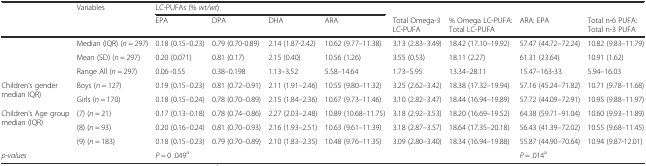
<table><thead><tr><td></td><td><b>Variables</b></td><td colspan="4"><b>LC-PUFAs (% <i>wt/wt</i>)</b></td><td></td><td></td><td></td><td></td></tr><tr><td></td><td></td><td><b>EPA</b></td><td><b>DPA</b></td><td><b>DHA</b></td><td><b>ARA</b></td><td><b>Total Omega-3 LC-PUFA</b></td><td><b>% Omega LC-PUFA: Total LC-PUFA</b></td><td><b>ARA: EPA</b></td><td><b>Total n-6 PUFA: Total n-3 PUFA</b></td></tr></thead><tbody><tr><td></td><td>Median (IQR) (<i>n</i> = 297)</td><td>0.18 (0.15–0.23)</td><td>0.79 (0.70-0.89)</td><td>2.14 (1.87-2.42)</td><td>10.62 (9.77–11.38)</td><td>3.13 (2.83–3.49)</td><td>18.42 (17.10–19.92)</td><td>57.47 (44.72–72.24)</td><td>10.82 (9.83–11.79)</td></tr><tr><td></td><td>Mean (SD) (<i>n</i> = 297)</td><td>0.20 (0.071)</td><td>0.81 (0.17)</td><td>2.15 (0.40)</td><td>10.56 (1.26)</td><td>3.55 (0.53)</td><td>18.11 (2.27)</td><td>61.31 (23.64)</td><td>10.91 (1.62)</td></tr><tr><td></td><td>Range All (<i>n</i> = 297)</td><td>0.06–0.55</td><td>0.38–0.198</td><td>1.13–3.52</td><td>5.58–14.64</td><td>1.73–5.95</td><td>13.34–28.11</td><td>15.47–163-33</td><td>5.94–16.03</td></tr><tr><td rowspan="2">Children’s gender median IQR)</td><td>Boys (<i>n</i> = 127)</td><td>0.19 (0.15–0.23)</td><td>0.81 (0.72–0.91)</td><td>2.11 (1.91–2.46)</td><td>10.55 (9.80–11.32)</td><td>3.25 (2.62–3.42)</td><td>18.38 (17.32–19.94)</td><td>57.16 (45.24–71.82)</td><td>10.71 (9.78–11.68)</td></tr><tr><td>Girls (<i>n</i> = 170)</td><td>0.18 (0.15–0.24)</td><td>0.78 (0.70–0.89)</td><td>2.15 (1.84–2.36)</td><td>10.67 (9.73–11.46)</td><td>3.10 (2.82–3.47)</td><td>18.44 (16.94–19.89)</td><td>57.72 (44.09–72.91)</td><td>10.95 (9.88–11.97)</td></tr><tr><td rowspan="3">Children’s Age group median (IQR)</td><td>(7) (<i>n</i> = 21)</td><td>0.17 (0.13–0.18)</td><td>0.78 (0.74–0.86)</td><td>2.27 (2.03–2.48)</td><td>10.89 (10.68–11.75)</td><td>3.18 (2.92–3.53)</td><td>18.20 (16.69–19.52)</td><td>64.38 (59.71–91.04)</td><td>10.60 (9.93–11.89)</td></tr><tr><td>(8) (<i>n</i> = 93)</td><td>0.20 (0.16–0.24)</td><td>0.81 (0.70–0.93)</td><td>2.16 (1.93–2.51)</td><td>10.63 (9.61–11.39)</td><td>3.18 (2.87–3.57)</td><td>18.64 (17.35–20.18)</td><td>56.43 (41.39–72.02)</td><td>10.55 (9.68–11.45)</td></tr><tr><td>(9) (<i>n</i> = 183)</td><td>0.18 (0.15–0.23)</td><td>0.79 (0.70–0.89)</td><td>2.10 (1.83–2.35)</td><td>10.48 (9.76–11.35)</td><td>3.09 (2.80–3.40)</td><td>18.34 (16.94–19.88)</td><td>55.87 (44.90–70.64)</td><td>10.94 (9.87-12.01)</td></tr><tr><td><i>p-values</i></td><td></td><td><i>P</i> = 0 .049<sup>a</sup></td><td></td><td></td><td></td><td></td><td></td><td><i>P</i> = .014<sup>a</sup></td><td></td></tr></tbody></table>